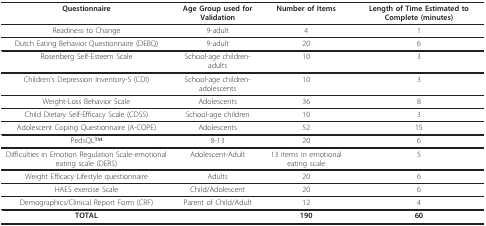
<table><thead><tr><td><b>Questionnaire</b></td><td><b>Age Group used for Validation</b></td><td><b>Number of Items</b></td><td><b>Length of Time Estimated to Complete (minutes)</b></td></tr></thead><tbody><tr><td>Readiness to Change</td><td>9-adult</td><td>4</td><td>1</td></tr><tr><td>Dutch Eating Behavior Questionnaire (DEBQ)</td><td>9-adult</td><td>20</td><td>6</td></tr><tr><td>Rosenberg Self-Esteem Scale</td><td>School-age children- adults</td><td>10</td><td>3</td></tr><tr><td>Children&#x27;s Depression Inventory-S (CDI)</td><td>School-age children- adolescents</td><td>10</td><td>3</td></tr><tr><td>Weight-Loss Behavior Scale</td><td>Adolescents</td><td>36</td><td>8</td></tr><tr><td>Child Dietary Self-Efficacy Scale (CDSS)</td><td>School-age children</td><td>10</td><td>3</td></tr><tr><td>Adolescent Coping Questionnaire (A-COPE)</td><td>Adolescents</td><td>52</td><td>15</td></tr><tr><td>PedsQLTM</td><td>8-13</td><td>20</td><td>6</td></tr><tr><td>Difficulties in Emotion Regulation Scale-emotional eating scale (DERS)</td><td>Adolescent-Adult</td><td>13 items in emotional eating scale</td><td>5</td></tr><tr><td>Weight Efficacy Lifestyle questionnaire</td><td>Adults</td><td>20</td><td>6</td></tr><tr><td>HAES exercise Scale</td><td>Child/Adolescent</td><td>20</td><td>6</td></tr><tr><td>Demographics/Clinical Report Form (CRF)</td><td>Parent of Child/Adult</td><td>12</td><td>4</td></tr><tr><td><b>TOTAL</b></td><td></td><td><b>190</b></td><td><b>60</b></td></tr></tbody></table>